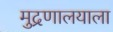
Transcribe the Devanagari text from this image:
मुद्रणालयाला